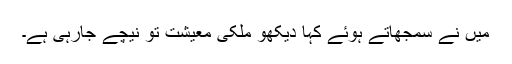
میں نے سمجھاتے ہوئے کہا دیکھو ملکی معیشت تو نیچے جارہی ہے۔